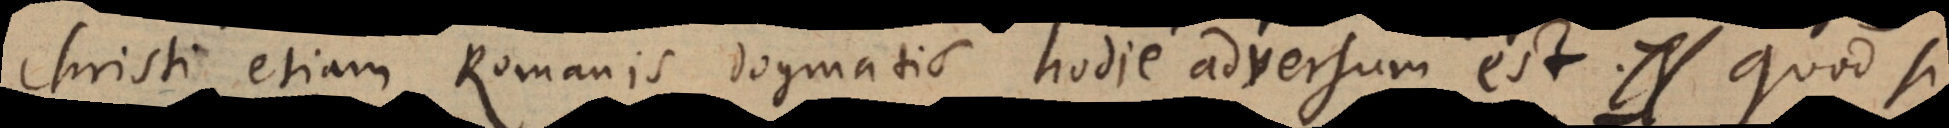
Christi, etiam Romanis dogmatis hodie adversum est. Quod si